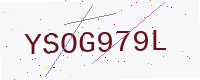
Text: YSOG979L